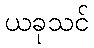
ယခုသင်